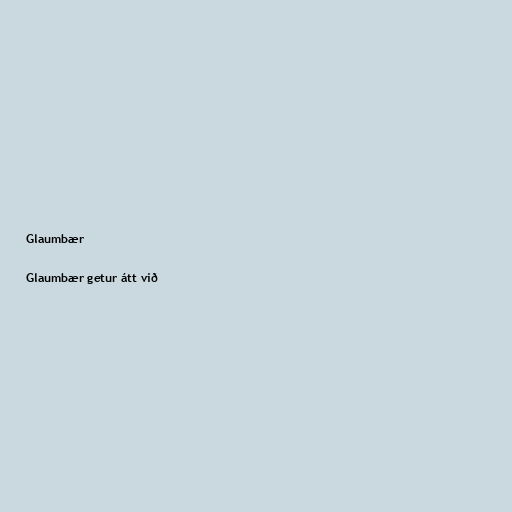
Glaumbær

Glaumbær getur átt við